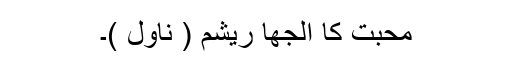
محبت کا الجھا ریشم ( ناول )۔